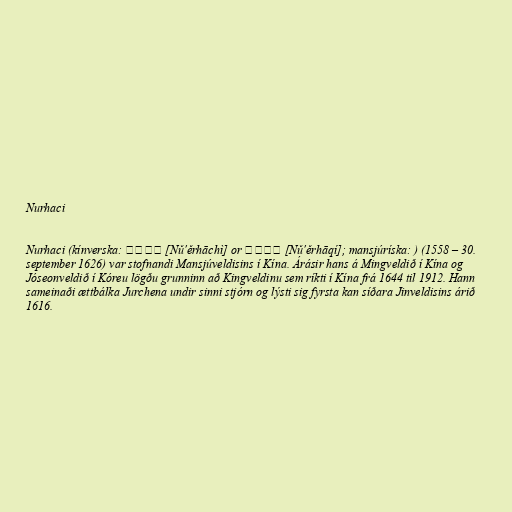
Nurhaci

Nurhaci (kínverska: 努爾哈赤 [Nǔ'ěrhāchì] or 努爾哈齊 [Nǔ'ěrhāqí]; mansjúríska: ) (1558 – 30.
september 1626) var stofnandi Mansjúveldisins í Kína. Árásir hans á Mingveldið í Kína og
Jóseonveldið í Kóreu lögðu grunninn að Kingveldinu sem ríkti í Kína frá 1644 til 1912. Hann
sameinaði ættbálka Jurchena undir sinni stjórn og lýsti sig fyrsta kan síðara Jinveldisins árið
1616.